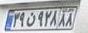
۳۹ن۹۲۸۸۸